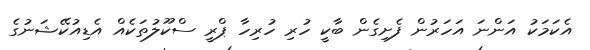
އެކަމަކު އަންނަ އަހަރުން ފެށިގެން ބާކީ ހުރި ހުރިހާ ޕްރީ ސްކޫލުތަކެއް އެޑިއުކޭޝަނުގެ